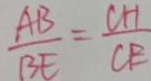
\frac { A B } { B E } = \frac { C H } { C E }